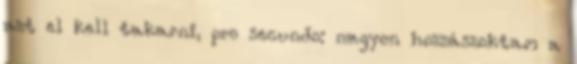
azt el kell takarni, pro secundo: nagyon hozzászoktam a